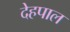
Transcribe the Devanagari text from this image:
देहपाल